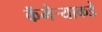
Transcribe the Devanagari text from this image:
कॅमेर्‍याकडे